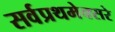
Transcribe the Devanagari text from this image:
सर्वप्रथमेक्सरे